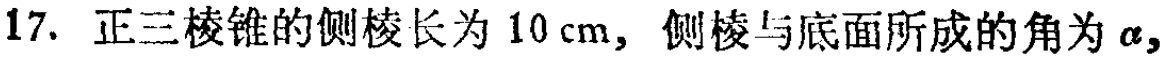
17. 正三棱锥的侧棱长为 \(10\mathrm{cm}\)，侧棱与底面所成的角为 \(\alpha\)，